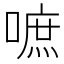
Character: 嗻